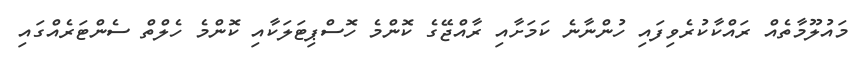
މައުލޫމާތެއް ރައްކާކުރެވިފައި ހުންނާނެ ކަމަށާއި ރާއްޖޭގެ ކޮންމެ ހޮސްޕިޓަލަކާއި ކޮންމެ ހެލްތް ސެންޓަރެއްގައި